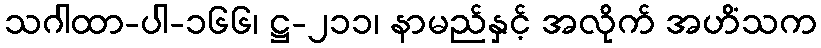
သဂါထာ-ပါ-၁၆၆၊ ဋ္ဌ-၂၁၁၊ နာမည်နှင့် အလိုက် အဟိံသက